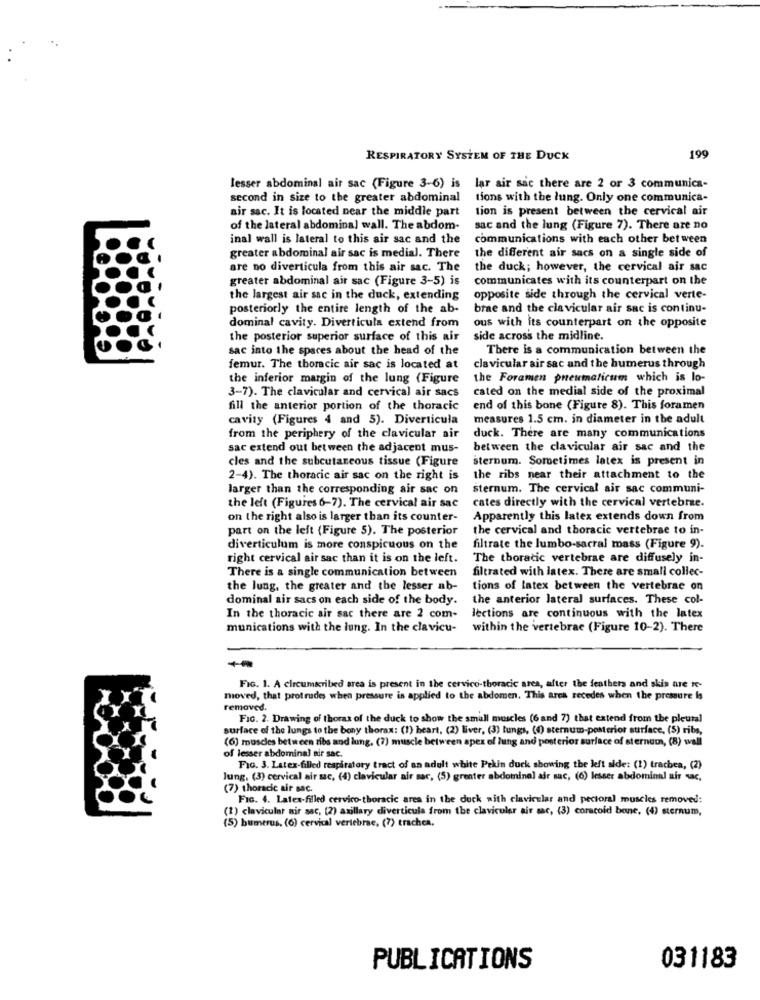
RESPIRATORY SYSTEM OF THE DUCK
199
lesser abdominal air sac (Figure 3-6) is lar air sac there are 2 or 3 communica-
second in size to the greater abdominal
tions with the lung. Only one communica-
air sac. It is located near the middle part
tion is present between the cervical air
of the lateral abdominal wall. The abdom-
sac and the lung (Figure 7). There are no
inal wall is lateral to this air sac and the
communications with each other between
greater abdominal air sac is medial. There
the different air sacs on a single side of
are no diverticula from this air sac. The
the duck; however, the cervical air sac
greater abdominal air sac (Figure 3-5) is
communicates with its counterpart on the
the largest air sac in the duck, extending
opposite side through the cervical verte-
posteriorly the entire length of the ab-
brae and the clavicular air sac is continu-
dominal cavity. Diverticula extend from
ous with its counterpart on the opposite
the posterior superior surface of this air
side across the midline.
sac into the spaces about the head of the
There is a communication between the
femur. The thoracic air sac is located at
clavicular air sac and the humerus through
the inferior margin of the lung (Figure
the Foramen pneumaticum which is lo-
3-7). The clavicular and cervical air sacs
cated on the medial side of the proximal
fill the anterior portion of the thoracic
end of this bone (Figure 8). This foramen
cavity (Figures 4 and 5). Diverticula
measures 1.5 cm. in diameter in the adult
from the periphery of the clavicular air
duck. There are many communications
sac extend out between the adjacent mus-
between the clavicular air sac and the
cles and the subcutaneous tissue (Figure
sternum. Sometimes latex is present in
2-4). The thoracic air sac on the right is
the ribs near their attachment to the
larger than the corresponding air sac on
sternum. The cervical air sac communi-
the left (Figures 6-7). The cervical air sac
cates directly with the cervical vertebrae.
on the right also is larger than its counter-
Apparently this latex extends down from
part on the left (Figure 5). The posterior
the cervical and thoracic vertebrae to in-
diverticulum is more conspicuous on the
filtrate the lumbo-sacral mass (Figure 9).
right cervical air sac than it is on the left.
The thoracic vertebrae are diffusely in-
There is a single communication between
filtrated with latex. There are small collec-
the lung, the greater and the lesser ab-
tions of latex between the vertebrae on
dominal air sacs on each side of the body.
the anterior lateral surfaces. These col-
In the thoracic air sac there are 2 com-
lections are continuous with the latex
munications with the lung. In the clavicu-
within the vertebrae (Figure 10-2). There
FIG. 1. A circumscribed area is present in the cervico-thoracic area, after the feathers and skin are re-
moved, that protrudes when pressure is applied to the abdomen. This area recedes when the pressure is
removed.
FIG. 2. Drawing of thorax of the duck to show the small muscles (6 and 7) that extend from the pleural
surface of the lungs to the bony thorax: (1) heart, (2) liver, (3) tungs, (4) sternum-posterior surface, (S) ribs,
(6) muscles between ribs and lung. (7) muscle between apex of lung and posterior surface of sternum, (8) wall
of lesser abdominal air sac.
FIG. 3. Latex-filled respiratory tract of an adult white Pekin duck showing the left alde: (1) trachea, (2)
Jung. (3) cervical air mc, (4) clavicular air sac, (5) grenter abdominal air sac, (6) lesser abdominal air sac,
(7) thoracic air sac.
FIG. 4. Latex-filled cervico-thoracic area in the duck with clavicular and pectoral muscles removed:
(1) clavicular air sac, (2) axillary diverticula from the clavicular air sac, (3) coracoid bone, (4) sternum,
(5) bumerus. (6) cervical vertebrae, (7) trachea.
PUBLICATIONS
031183